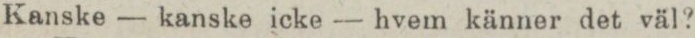
Kanske — kanske icke — hvem känner det väl?